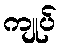
ကျုပ်